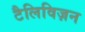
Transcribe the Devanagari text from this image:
टैलिविज़न